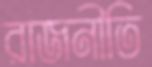
রাজনীতি